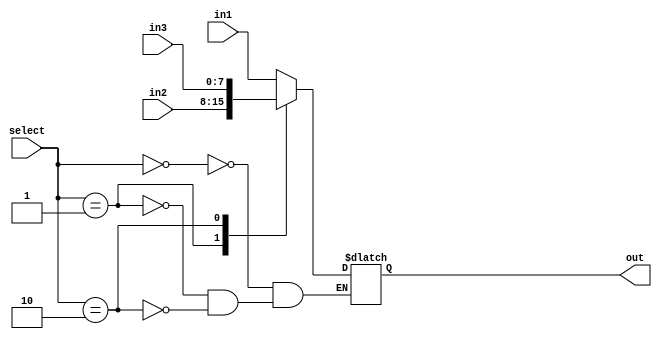
//////////////////////////////////////////////////////////////////////////////////
 
// Module Name: 	Mux
//	Project Name:	Project 1 - Part 2 
//
//////////////////////////////////////////////////////////////////////////////////

module Three_Input_mux(
								in1, 
								in2, 
								in3, 
								select, 
								out
							);
							parameter BUS_WIDTH = 8;
							parameter MSB = BUS_WIDTH - 1;
							
							input wire [MSB: 0] in1; 
							input wire [MSB: 0] in2; 
							input wire [MSB: 0] in3;
							input wire [1:0] select;
							output reg [MSB : 0] out;
							
							always @(*) begin
								case(select)
									2'b00: out <= in1;
									2'b01: out <= in2;
									2'b10: out <= in3;
									default: out <= out;
								endcase
							end

endmodule